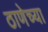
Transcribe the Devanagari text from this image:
ठाणेच्‍या